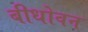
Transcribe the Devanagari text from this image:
बीधोवन